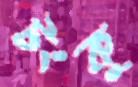
টংকু